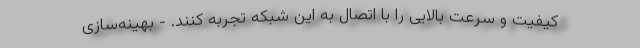
کیفیت و سرعت بالایی را با اتصال به این شبکه تجربه کنند. - بهینه‌سازی